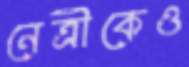
নেত্রীকেও